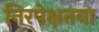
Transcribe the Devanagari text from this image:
निरपेक्षतया